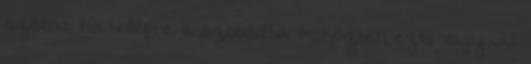
szólna, ha belépne a szobádba, miközben ezt, vagy JJ.